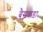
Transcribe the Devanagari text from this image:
बैसवाड़ा